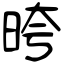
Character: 晇